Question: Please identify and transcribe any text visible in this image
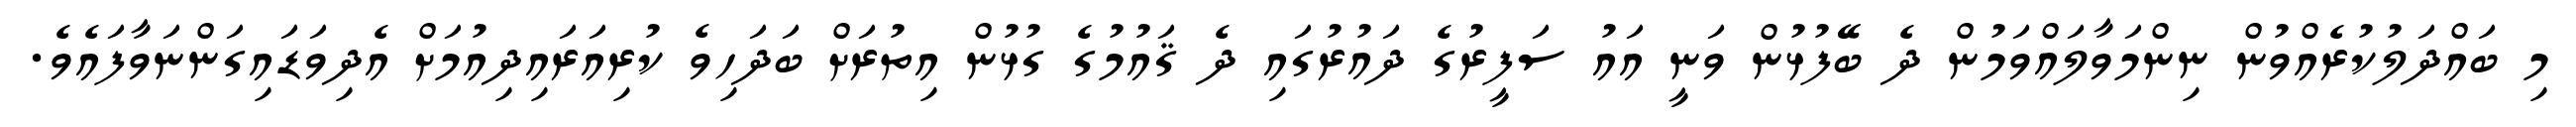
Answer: މި ބައްދަލުކުރެއްވުން ނިންމަވާލައްވަމުން ދެ ބޭފުޅުން ވަނީ އައު ސަފީރުގެ ދައުރުގައި ދެ ޤައުމުގެ ގުޅުން އިތުރަށް ބަދަހިވެ ކުރިއަރައިދިއުމަށް އެދިވަޑައިގަންނަވާފައެވެ.